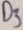
Text: D3